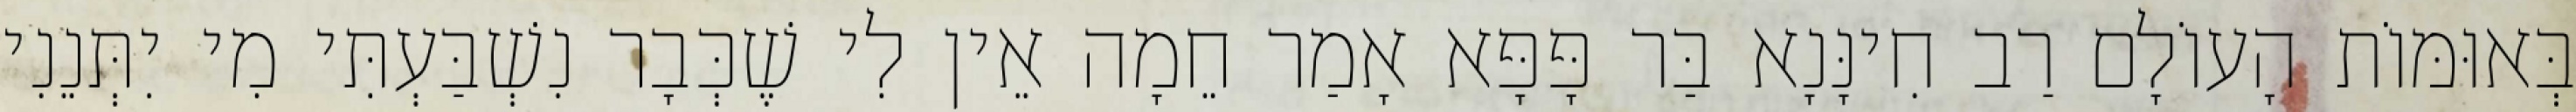
בְּאוּמּוֹת הָעוֹלָם רַב חִינָּנָא בַּר פָּפָּא אָמַר חֵמָה אֵין לִי שֶׁכְּבָר נִשְׁבַּעְתִּי מִי יִתְּנֵנִי